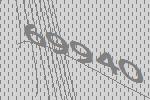
69940